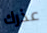
عذرك